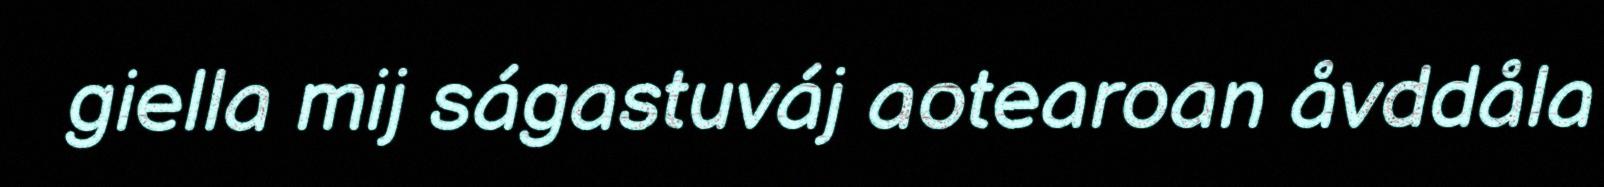
giella mij ságastuváj aotearoan åvddåla